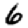
Digit: 6